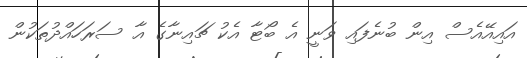
އައިއޭއެސް އިން ބުނެފައި ވަނީ އެ ބޯޓާ އެކު ޗައިނާގެ އާ ސަރަހައްދުތަކުން